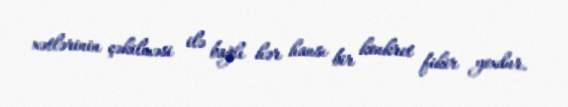
xətlərinin çəkilməsi ilə bağlı hər hansı bir konkret fikir yoxdur.